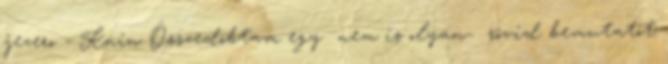
jezero - Knin Összedobtam egy nem is olyan- rövid bemutatót